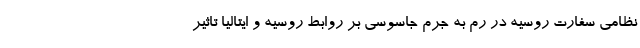
نظامی سفارت روسیه در رم به جرم جاسوسی بر روابط روسیه و ایتالیا تاثیر